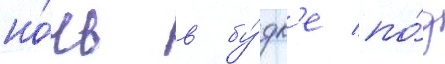
но́чь в бу́дк'е по́д